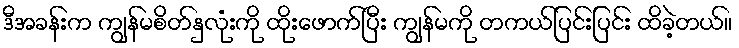
ဒီအခန်းက ကျွန်မစိတ်နှလုံးကို ထိုးဖောက်ပြီး ကျွန်မကို တကယ်ပြင်းပြင်း ထိခဲ့တယ်။